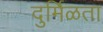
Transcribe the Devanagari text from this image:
दुर्मिळता